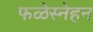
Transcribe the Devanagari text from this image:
फळेस्नेहन